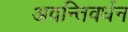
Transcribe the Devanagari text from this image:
अवन्तिवर्धन